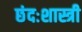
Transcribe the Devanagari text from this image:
छंदःशास्त्री